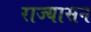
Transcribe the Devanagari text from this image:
राज्यासन